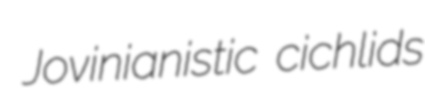
Jovinianistic cichlids